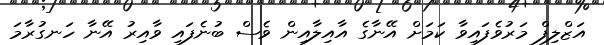
އަޒްލިފް މަރުވެފައިވާ ކަމަށް އޭނާގެ އާއިލާއިން ވެސް ބުނެފައި ވާއިރު އޭނާ ހަނގުރާމަ